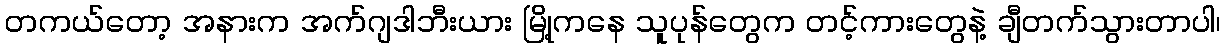
တကယ်တော့ အနားက အက်ဂျဒါဘီးယား မြို့ကနေ သူပုန်တွေက တင့်ကားတွေနဲ့ ချီတက်သွားတာပါ၊